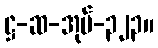
ဋ္ဌ-ဆ-အုပ်-၃၂၃။